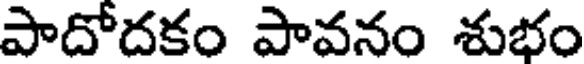
పాదోదకం పావనం శుభం